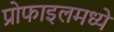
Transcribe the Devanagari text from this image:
प्रोफाइलमध्ये